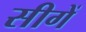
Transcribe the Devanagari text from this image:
सीगें